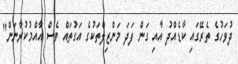
ދުވަހުގެ ތެރޭގައި ކާޑެއްދު އާއި ގަން ފަދަ މަންޒިލްތަކުގެ އަގުތައް ވެސް އާއްމުކުރާނަން"